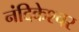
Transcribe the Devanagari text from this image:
नंदिकेश्चर